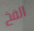
الفخ